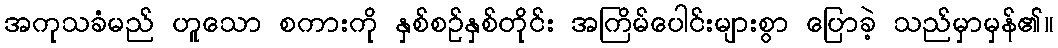
အကုသခံမည် ဟူသော စကားကို နှစ်စဉ်နှစ်တိုင်း အကြိမ်ပေါင်းများစွာ ပြောခဲ့ သည်မှာမှန်၏။